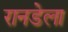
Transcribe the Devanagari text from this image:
रानडेला